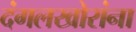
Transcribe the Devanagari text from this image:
दंगलखोरांना